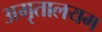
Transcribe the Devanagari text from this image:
अमृतालयम